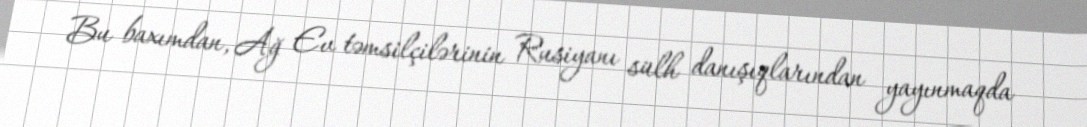
Bu baxımdan, Ağ Ev təmsilçilərinin Rusiyanı sülh danışıqlarından yayınmaqda